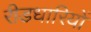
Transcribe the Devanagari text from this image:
रीडधारियों